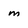
Character: m